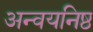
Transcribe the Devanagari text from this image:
अन्वयनिष्ठ